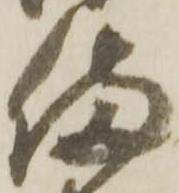
備